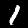
Label: 1